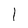
Character: 1